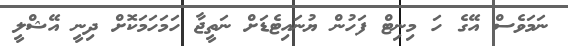
ނަމަވެސް އޭގެ ހަ މިނިޓް ފަހުން ޔުނައިޓެޑަށް ނަތީޖާ ހަމަހަމަކޮށް ދިނީ އޭޝްލީ